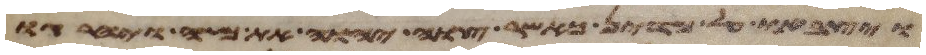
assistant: ויצבאו על מדין כאשר צוה יהוה את משה ויהרגו